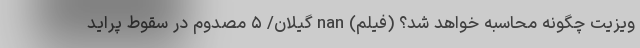
ویزیت چگونه محاسبه خواهد شد؟ (فیلم) nan گیلان/ ۵ مصدوم در سقوط پراید